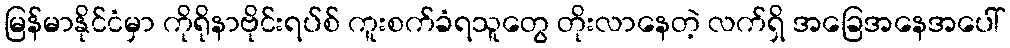
မြန်မာနိုင်ငံမှာ ကိုရိုနာဗိုင်းရပ်စ် ကူးစက်ခံရသူတွေ တိုးလာနေတဲ့ လက်ရှိ အခြေအနေအပေါ်